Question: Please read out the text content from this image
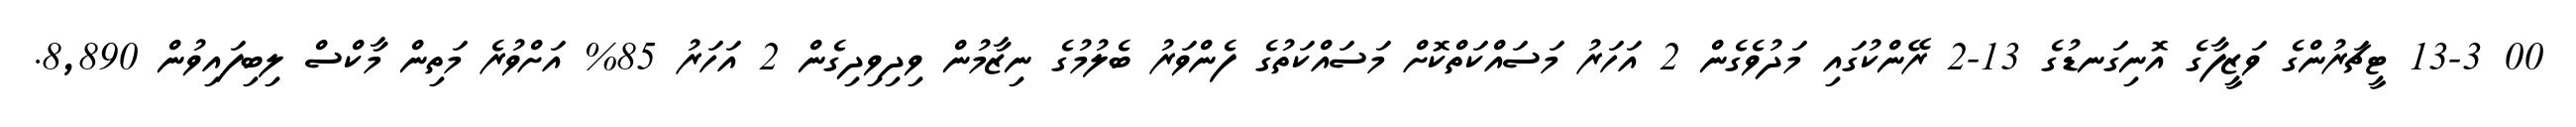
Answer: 00 13-3 ޓީޗަރުންގެ ވަޒީފާގެ އޮނިގަނޑުގެ 13-2 ރޭންކުގައި މަދުވެގެން 2 އަހަރު މަސައްކަތްކޮށް މަސައްކަތުގެ ފެންވަރު ބެލުމުގެ ނިޒާމުން ވިދިވިދިގެން 2 އަހަރު 85% އަށްވުރެ މަތިން މާކްސް ލިބިފައިވުން 8,890.